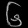
Digit: ၆